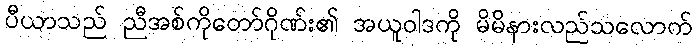
ပီယာသည် ညီအစ်ကိုတော်ဂိုဏ်း၏ အယူဝါဒကို မိမိနားလည်သလောက်